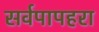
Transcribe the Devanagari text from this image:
सर्वपापहरा